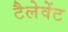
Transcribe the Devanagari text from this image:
टैलेवेंट